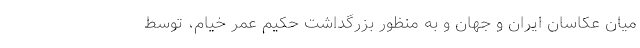
میان عکاسان ایران و جهان و به منظور بزرگداشت حکیم عمر خیام، توسط